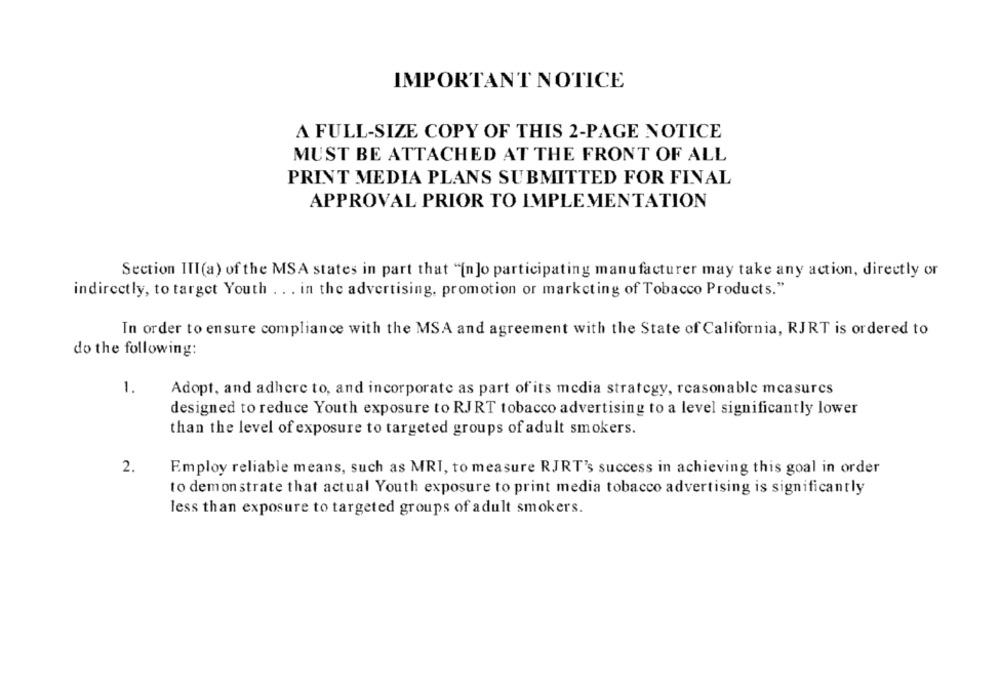
IMPORTANT NOTICE
A FULL-SIZE COPY OF THIS 2-PAGE NOTICE
MUST BE ATTACHED AT THE FRONT OF ALL
PRINT MEDIA PLANS SUBMITTED FOR FINAL
APPROVAL PRIOR TO IMPLEMENTATION
Section III(a) of the MSA states in part that "[n]o participating manufacturer may take any action, directly or
indirectly, to target Youth . . . in the advertising, promotion or marketing of Tobacco Products."
In order to ensure compliance with the MSA and agreement with the State of California, RJRT is ordered to
do the following:
1.
Adopt, and adhere to, and incorporate as part of its media strategy, reasonable measures
designed to reduce Youth exposure to RJRT tobacco advertising to a level significantly lower
than the level of exposure to targeted groups of adult smokers.
2.
Employ reliable means, such as MRI, to measure RJRT's success in achieving this goal in order
to demonstrate that actual Youth exposure to print media tobacco advertising is significantly
less than exposure to targeted groups of adult smokers.